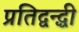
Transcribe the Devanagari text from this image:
प्रतिद्वन्द्धी